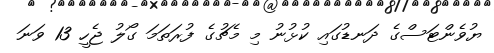
ޔުވެންޓަސްގެ ދަނޑުގައި ކުޅުނު މި މެޗުގެ ފުރަތަމަ ގޯލު ޖެހީ 13 ވަނަ